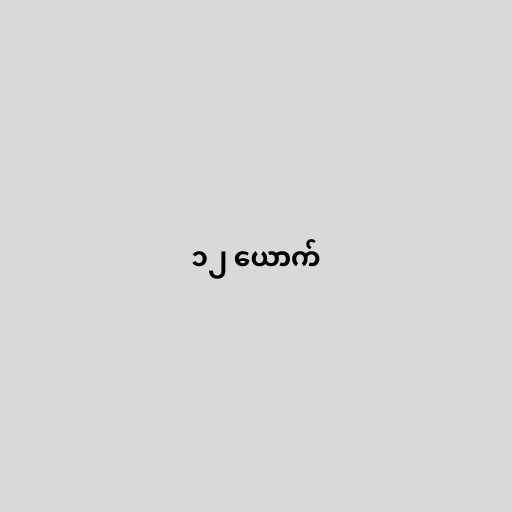
၁၂ ယောက်